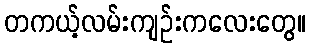
တကယ့်လမ်းကျဉ်းကလေးတွေ။